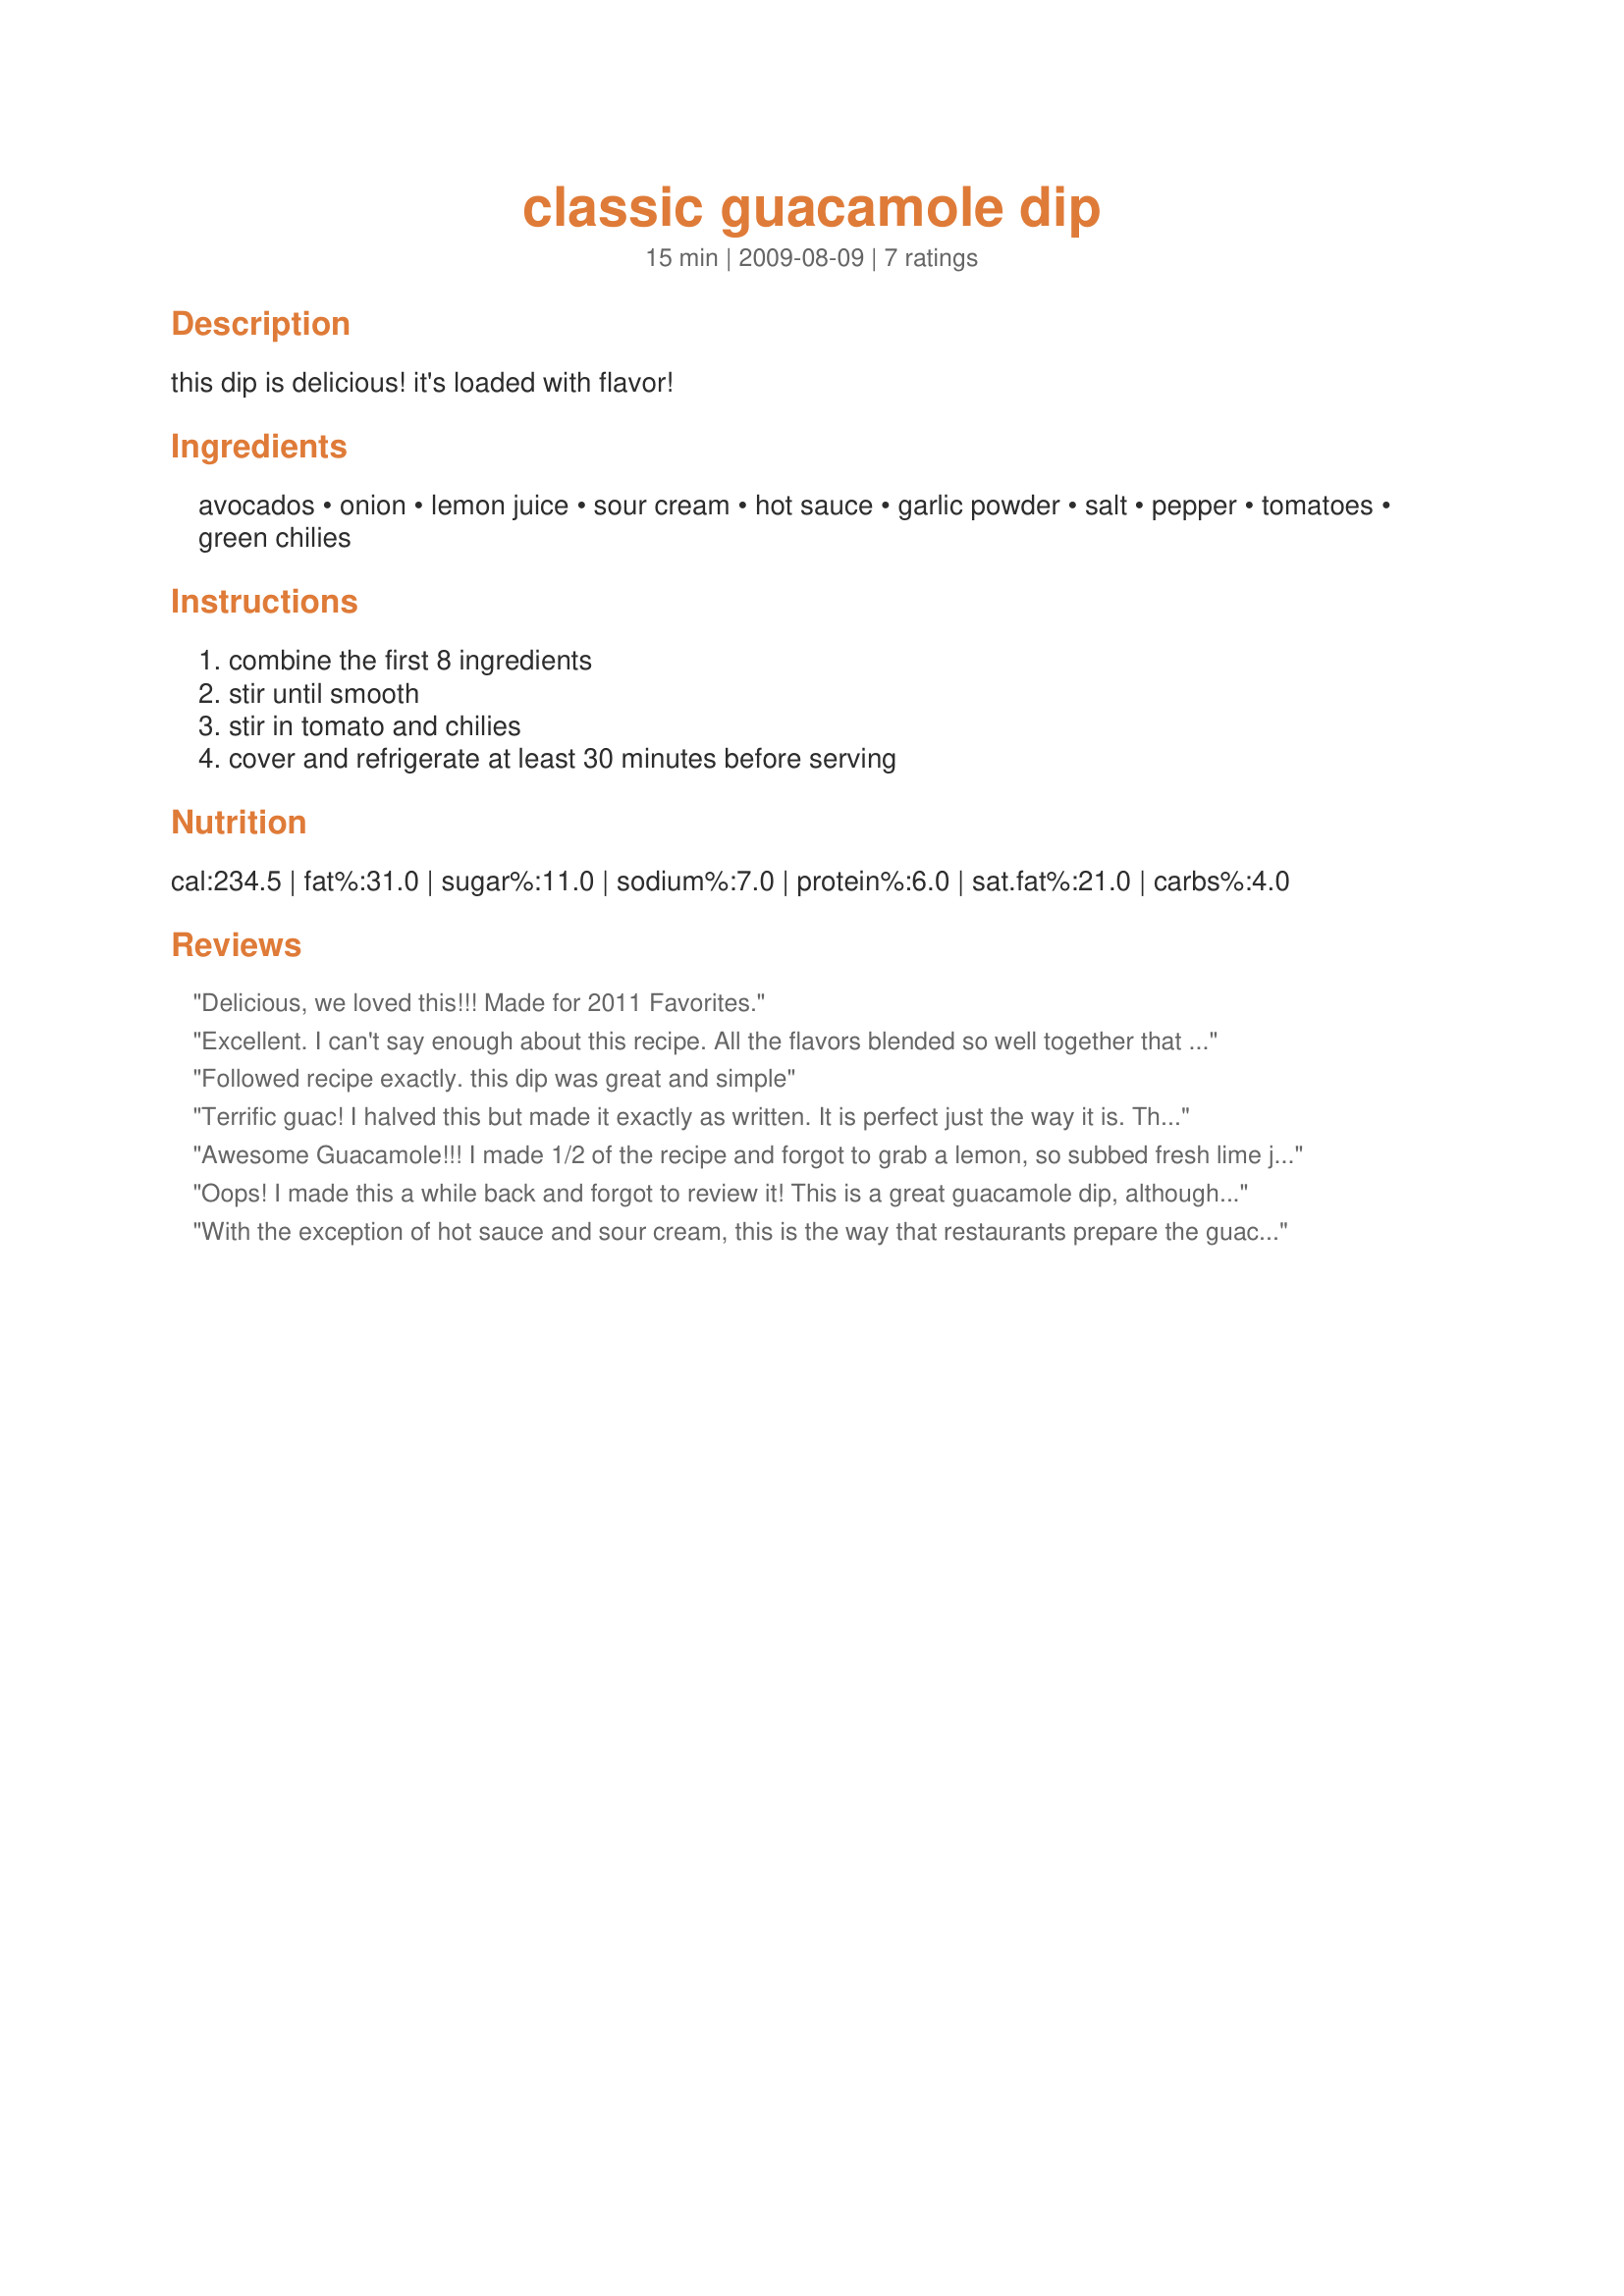
classic guacamole dip
Preparation time: 15 minutes

this dip is delicious! it's loaded with flavor!

Ingredients:
avocados, onion, lemon juice, sour cream, hot sauce, garlic powder, salt, pepper, tomatoes, green chilies

Steps:
combine the first 8 ingredients, stir until smooth, stir in tomato and chilies, cover and refrigerate at least 30 minutes before serving

Reviews:
Delicious, we loved this!!! Made for 2011 Favorites.
Excellent. I can't say enough about this recipe. All the flavors blended so well together that I would not add anything other than a pinch of extra salt. And it didn't turn brown which I loved. I'll use this later tonight for my chicken fajitas but it was excellent with just chips. Thanks so much for sharing this great make again recipe :) Made for Fall 2011 PAC
Followed recipe exactly. this dip was great and simple
Terrific guac! I halved this but made it exactly as written. It is perfect just the way it is. Thanks for sharing. Made for PAC Fall 2011.
Awesome Guacamole!!! I made 1/2 of the recipe and forgot to grab a lemon, so subbed fresh lime juice. I loved the added sour cream in the recipe, very creamy and so smooth tasting. Definitely a repeat for our house. Thanks for sharing the recipe. Made for "Best of 2012" tag game.
Oops! I made this a while back and forgot to review it! This is a great guacamole dip, although I left my avocado a bit chunkier due to personal preference. I also decreased the amount of sour cream just a bit. Great guac! Made for Best of 2012 tag game.
With the exception of hot sauce and sour cream, this is the way that restaurants prepare the guacamole at your table. We used red onion and both lemon juice and lime juice for this dish. I did not use as much sour cream as the recipe called for as I did not want to overpower the avocado taste. Thanks for the post! Made for Fall PAC, October, 2011.
